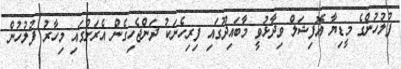
ފުލުހުންގެ މީޑިޔާ އޮފިޝަލް ވިދާޅުވީ މާބައިދޫގައި ފިރިހެނަކު ދަންޖެހިގެން އެރަށުގައި މިހާރު ފުލުހުން